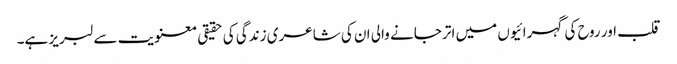
قلب اور روح کی گہرائیوں میں اتر جانے والی ان کی شاعری زندگی کی حقیقی معنویت سے لبریز ہے۔